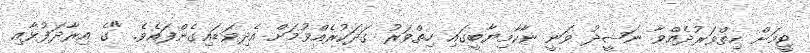
ޓީމަށް ހިތްވަރުދެއްވާ ނަޝީދު ވަނީ ނާކާމިޔާބީގައި ހިތްވަރު ގަދަކުރެއްވުމަށް އެދިވަޑައިގެންފައެވެ. "ގެ އިރާދަފުޅާއި